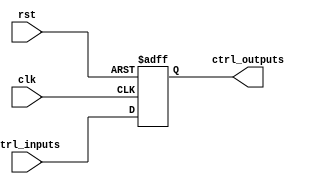
module control_register (
    input wire clk,                    // Clock signal
    input wire rst,                    // Reset signal
    input wire [7:0] ctrl_inputs,      // Control inputs (8 bits)
    output reg [7:0] ctrl_outputs       // Control outputs (8 bits)
);

// Asynchronous reset and storage of control inputs
always @(posedge clk or posedge rst) begin
    if (rst) begin
        ctrl_outputs <= 8'b0;          // Reset the control outputs to 0
    end else begin
        ctrl_outputs <= ctrl_inputs;   // Capture the control inputs on clock edge
    end
end

endmodule